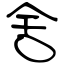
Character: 舍